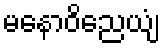
မနောဝိညေယျံ